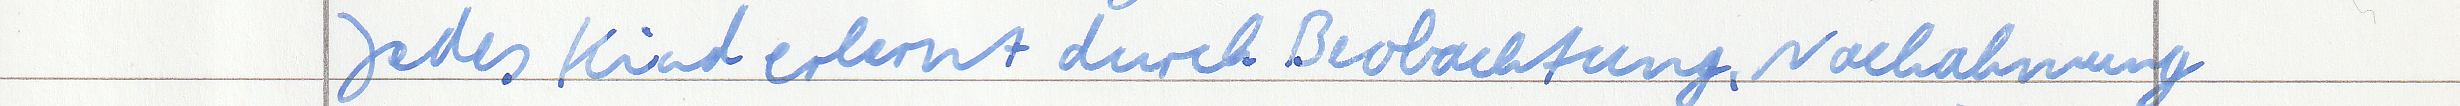
Jedes Kind erlernt durch Beobachtung, Nachahmung